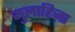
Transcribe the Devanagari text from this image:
मुलाहिज़ा